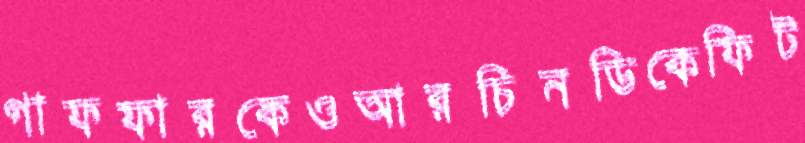
গাফফারকেওআরচিনডিকেফিট